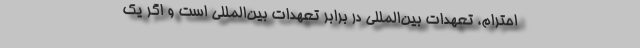
احترام، تعهدات بین‌المللی در برابر تعهدات بین‌المللی است و اگر یک